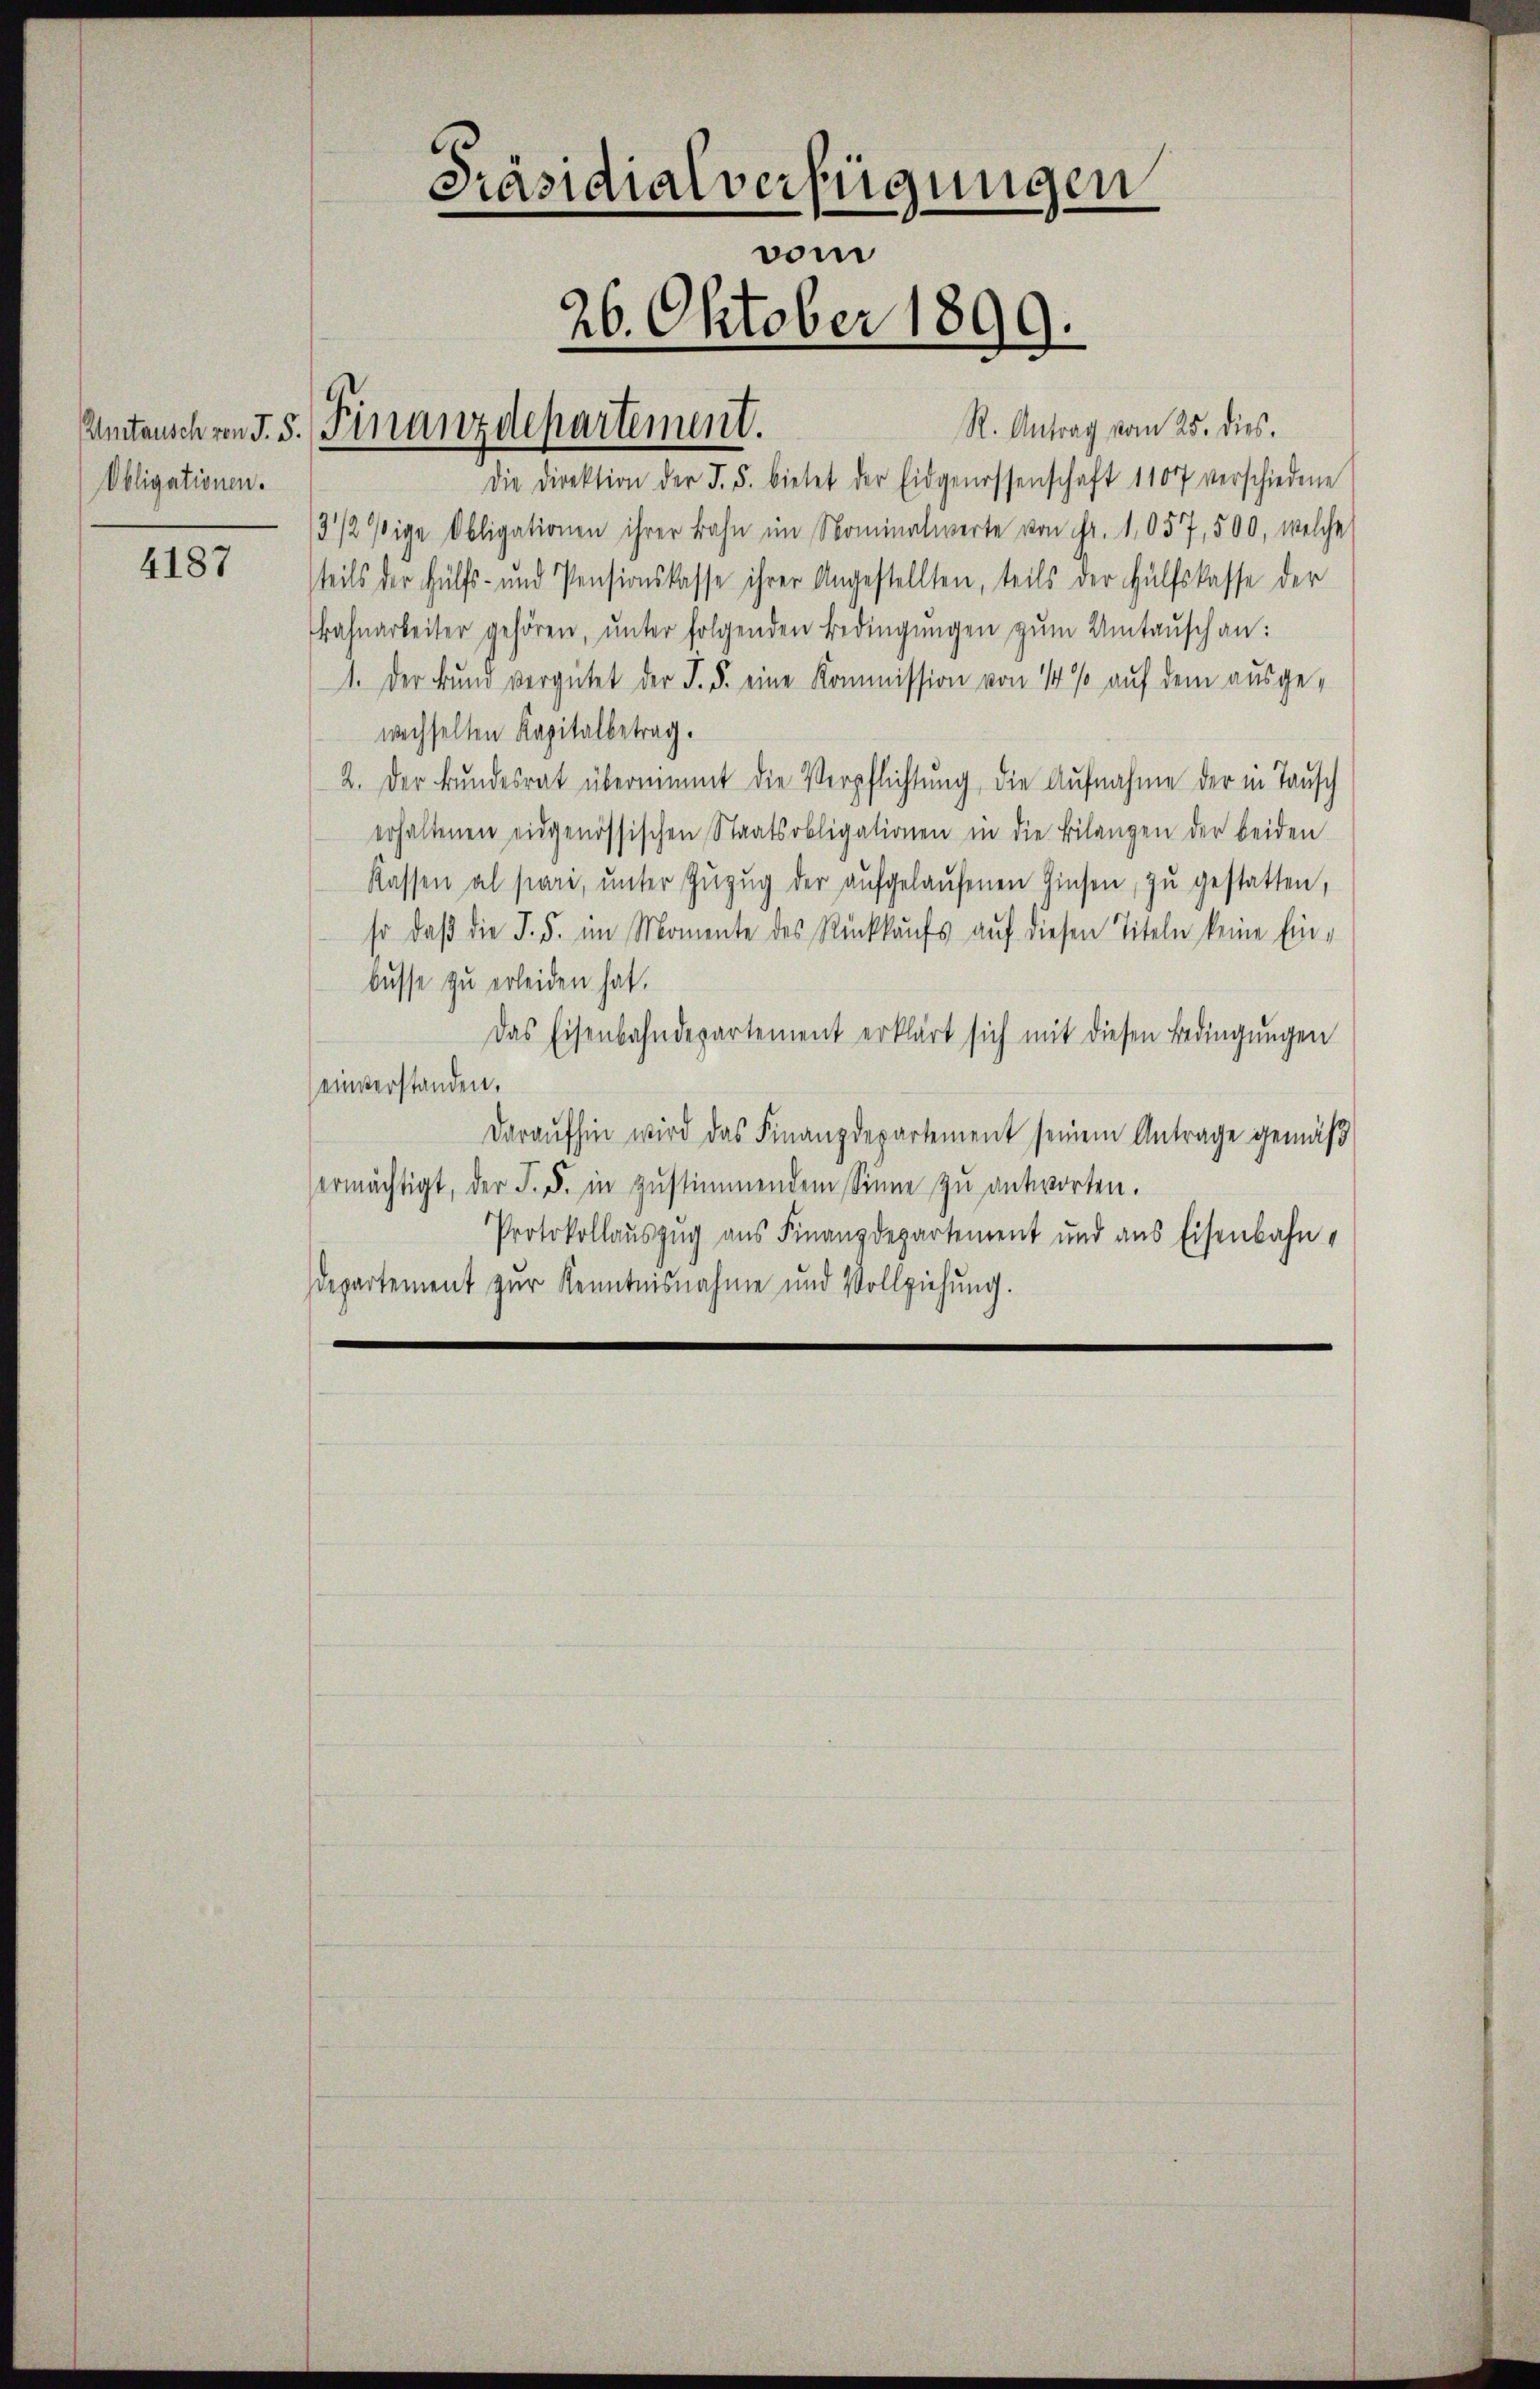
Untausch von J. 5.
Obligationen.

4187

Präsidialverfügungen
vom
26. Oktober 1899.

Finanzdepartement.

R. Antrag vom 25. dies.
Die Direktion der d. 5. bietet der Eidgenossenschaft 1107 verschiedene
3/2 fige Obligationen ihrer Bahn im Nominalwerte von Fr. 1,057, 500, welche
teils der Hülfs- und Pensionskasse ihrer Angestellten, teils der Hülfskasse der
Bahnarbeiter gehören, ŭnter folgenden Bedingungen zŭm Umtausch an:
1. Der Bund vergütet der §. §. eine Kommission von 14 % auf dem ausge-
wechselten Kapitalbetrag.
2. Der Bundesrat übernimmt die Verpflichtung, die Aufnahme der in Tausch
erhaltenen eidgenössischen Staatsobligationen in die Bilangen der beiden
Kassen al stare, ŭnter Zŭzŭg der aŭfgelaŭfenen Zinsen zŭ gestatten,
so daβ die S. 5. im Momente des Rückkaŭfs auf diesen Titeln keine Ein-
busse zu erleiden hat.
Das Eisenbahndepartement erklärt sich mit diesen Bedingungen
einverstanden.
Daraufhin wird das Finanzdepartement seinem Antrage gemäß
ermächtigt, der J. F. in zŭstimmendem Sinne zu antworten.
Protokollauszug aus Finanzdepartement und aus Eisenbahndepartement zur Kenntnisnahme und Vollziehung.